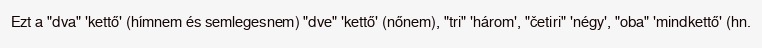
Ezt a "dva" 'kettő' (hímnem és semlegesnem) "dve" 'kettő' (nőnem), "tri" 'három', "četiri" 'négy', "oba" 'mindkettő' (hn.